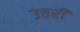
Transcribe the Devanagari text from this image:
उत्तर्री